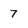
Character: 7